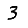
Digit: 3